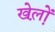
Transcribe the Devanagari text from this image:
खेल़ो़ं